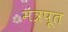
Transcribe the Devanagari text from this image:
मंत्रपूत